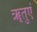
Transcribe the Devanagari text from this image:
ॠतुएं